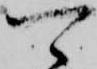
可